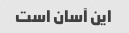
این آسان است